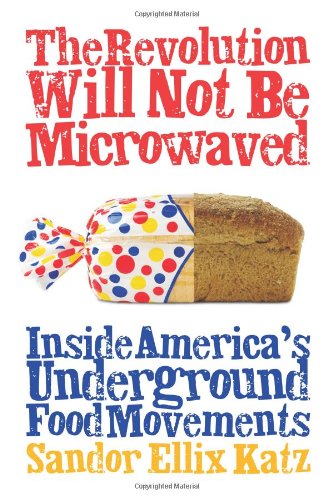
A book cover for The Revolution Will Not Be Microwaved: Inside America's Underground Food Movements; Sandor Ellix Katz; Cookbooks, Food & Wine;